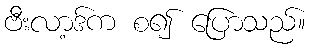
ဗီးလာ့ဒ်က စ၍ ပြောသည်။